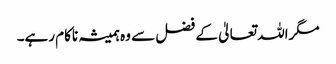
مگراللہ تعالیٰ کے فضل سے وہ ہمیشہ ناکام رہے۔